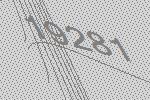
19281